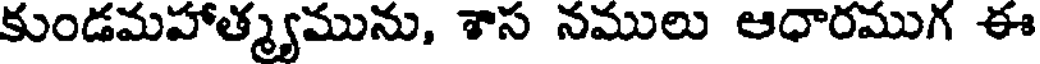
కుండమహాత్మ్యమును, శాస నములు ఆధారముగ ఈ